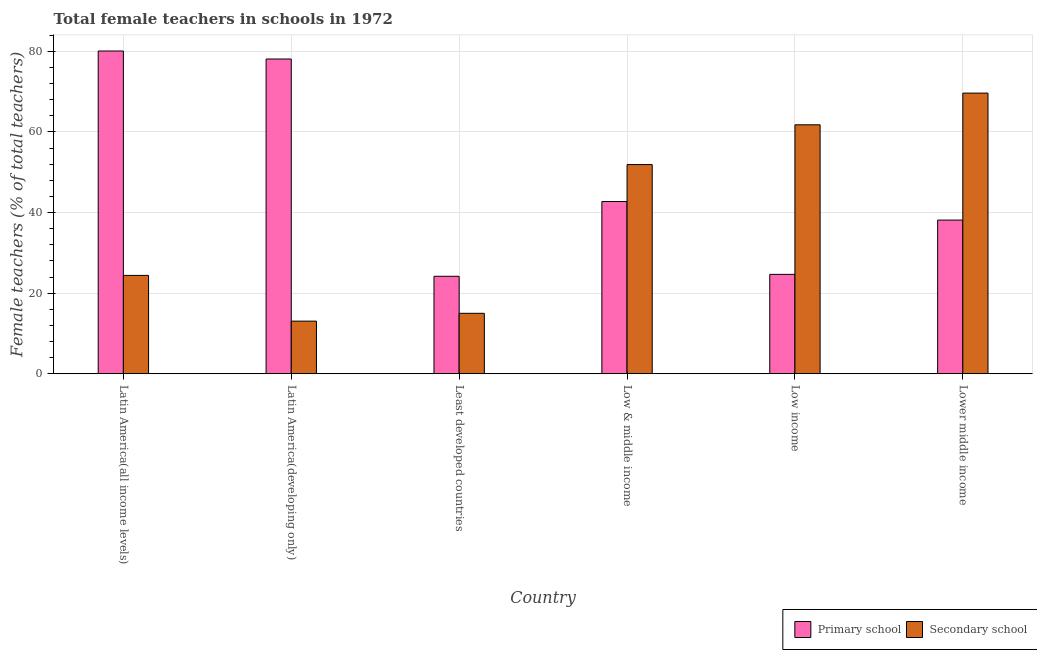
| Country | Primary school | Secondary school |
 | --- | --- | --- |
 | Latin America(all income levels) | 80.1 | 24.4 |
 | Latin America(developing only) | 78.1 | 13.1 |
 | Least developed countries | 24.2 | 15 |
 | Low & middle income | 42.7 | 51.9 |
 | Low income | 24.7 | 61.8 |
 | Lower middle income | 38.1 | 69.7 |